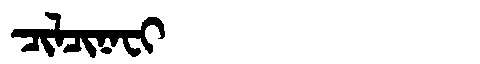
Manchu: ᠴᡳᠯᠴᡳᠨᠠᠸᡳ
Romanization: CILCINAFI